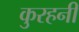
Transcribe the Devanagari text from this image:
कुरहनी